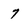
Character: 7